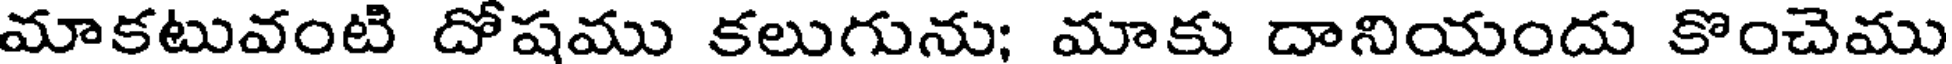
మాకటువంటి దోషము కలుగును; మాకు దానియందు కొంచెము